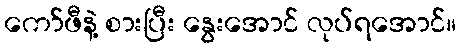
ကော်ဖီနဲ့ စားပြီး နွေးအောင် လုပ်ရအောင်။